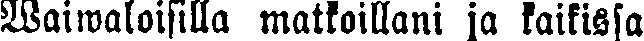
Waiwaloisilla matkoillani ja kaikissa